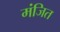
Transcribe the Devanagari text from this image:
मंजित